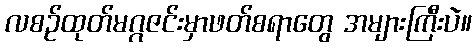
လစဉ်ထုတ်မဂ္ဂဇင်းမှာဖတ်စရာတွေ အများကြီးပဲ။